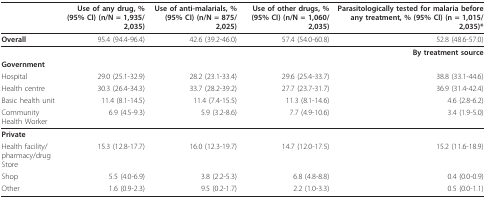
|  | Use of any drug, % (95% CI) (n/N = 1,935/2,035) | Use of anti-malarials, % (95% CI) (n/N = 875/2,025) | Use of other drugs, % (95% CI) (n/N = 1,060/2,035) | Parasitologically tested for malaria before any treatment, % (95% CI) (n = 1,015/2,035)* |
 | --- | --- | --- | --- | --- |
 | Overall | 95.4 (94.4-96.4) | 42.6 (39.2-46.0) | 57.4 (54.0-60.8) | 52.8 (48.6-57.0) |
 | <COLSPAN=5> By treatment source |
 | Government |  |  |  |  |
 | Hospital | 29.0 (25.1-32.9) | 28.2 (23.1-33.4) | 29.6 (25.4-33.7) | 38.8 (33.1-44.6) |
 | Health centre | 30.3 (26.4-34.3) | 33.7 (28.2-39.2) | 27.7 (23.7-31.7) | 36.9 (31.4-42.4) |
 | Basic health unit | 11.4 (8.1-14.5) | 11.4 (7.4-15.5) | 11.3 (8.1-14.6) | 4.6 (2.8-6.2) |
 | Community Health Worker | 6.9 (4.5-9.3) | 5.9 (3.2-8.6) | 7.7 (4.9-10.6) | 3.4 (1.9-5.0) |
 | Private |  |  |  |  |
 | Health facility/pharmacy/drug Store | 15.3 (12.8-17.7) | 16.0 (12.3-19.7) | 14.7 (12.0-17.5) | 15.2 (11.6-18.9) |
 | Shop | 5.5 (4.0-6.9) | 3.8 (2.2-5.3) | 6.8 (4.8-8.8) | 0.4 (0.0-0.9) |
 | Other | 1.6 (0.9-2.3) | 9.5 (0.2-1.7) | 2.2 (1.0-3.3) | 0.5 (0.0-1.1) |